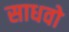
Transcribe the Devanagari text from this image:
साधवो